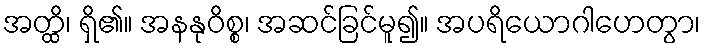
အတ္ထိ၊ ရှိ၏။ အနနုဝိစ္စ၊ အဆင်ခြင်မူ၍။ အပရိယောဂါဟေတွာ၊